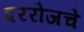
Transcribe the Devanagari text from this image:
दररोजचे